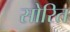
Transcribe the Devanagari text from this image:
सोरित